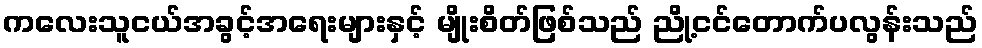
ကလေးသူငယ်အခွင့်အရေးများနှင့် မျိုးစိတ်ဖြစ်သည် ညို့ငင်တောက်ပလွန်းသည်